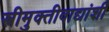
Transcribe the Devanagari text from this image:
स्त्रीमुक्तीवाद्यांशी